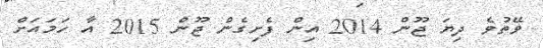
ވޭތުވެ ދިޔަ ޖޫން 2014 އިން ފެށިގެން ޖޫން 2015 އާ ހަމައަށް